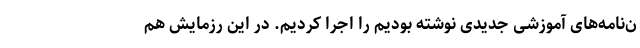
ن‌نامه‌های آموزشی جدیدی نوشته بودیم را اجرا کردیم. در این رزمایش هم